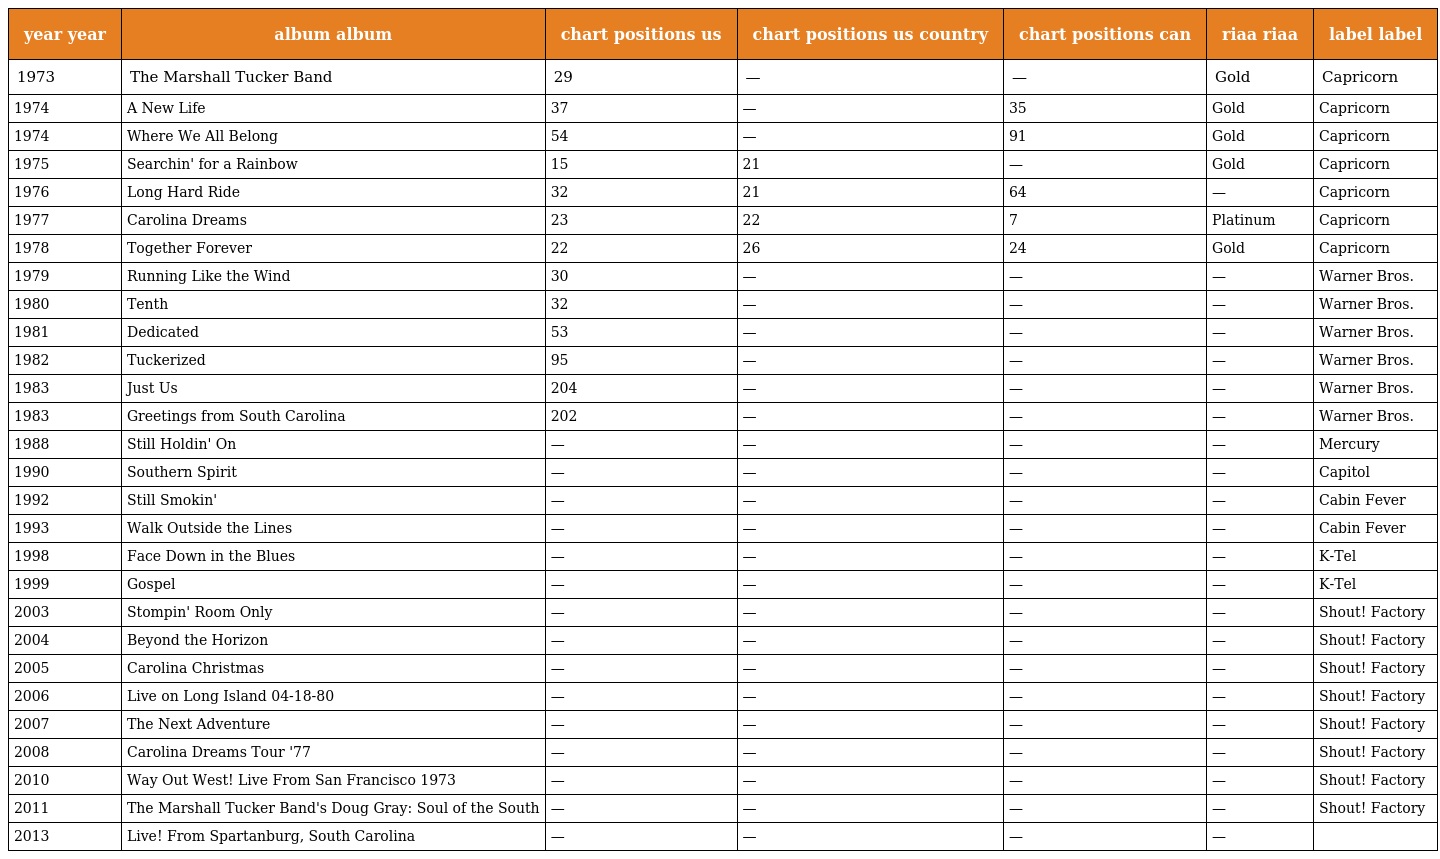
| year year | album album | chart positions us | chart positions us country | chart positions can | riaa riaa | label label |
 | --- | --- | --- | --- | --- | --- | --- |
 | 1973 | The Marshall Tucker Band | 29 | — | — | Gold | Capricorn |
 | 1974 | A New Life | 37 | — | 35 | Gold | Capricorn |
 | 1974 | Where We All Belong | 54 | — | 91 | Gold | Capricorn |
 | 1975 | Searchin' for a Rainbow | 15 | 21 | — | Gold | Capricorn |
 | 1976 | Long Hard Ride | 32 | 21 | 64 | — | Capricorn |
 | 1977 | Carolina Dreams | 23 | 22 | 7 | Platinum | Capricorn |
 | 1978 | Together Forever | 22 | 26 | 24 | Gold | Capricorn |
 | 1979 | Running Like the Wind | 30 | — | — | — | Warner Bros. |
 | 1980 | Tenth | 32 | — | — | — | Warner Bros. |
 | 1981 | Dedicated | 53 | — | — | — | Warner Bros. |
 | 1982 | Tuckerized | 95 | — | — | — | Warner Bros. |
 | 1983 | Just Us | 204 | — | — | — | Warner Bros. |
 | 1983 | Greetings from South Carolina | 202 | — | — | — | Warner Bros. |
 | 1988 | Still Holdin' On | — | — | — | — | Mercury |
 | 1990 | Southern Spirit | — | — | — | — | Capitol |
 | 1992 | Still Smokin' | — | — | — | — | Cabin Fever |
 | 1993 | Walk Outside the Lines | — | — | — | — | Cabin Fever |
 | 1998 | Face Down in the Blues | — | — | — | — | K-Tel |
 | 1999 | Gospel | — | — | — | — | K-Tel |
 | 2003 | Stompin' Room Only | — | — | — | — | Shout! Factory |
 | 2004 | Beyond the Horizon | — | — | — | — | Shout! Factory |
 | 2005 | Carolina Christmas | — | — | — | — | Shout! Factory |
 | 2006 | Live on Long Island 04-18-80 | — | — | — | — | Shout! Factory |
 | 2007 | The Next Adventure | — | — | — | — | Shout! Factory |
 | 2008 | Carolina Dreams Tour '77 | — | — | — | — | Shout! Factory |
 | 2010 | Way Out West! Live From San Francisco 1973 | — | — | — | — | Shout! Factory |
 | 2011 | The Marshall Tucker Band's Doug Gray: Soul of the South | — | — | — | — | Shout! Factory |
 | 2013 | Live! From Spartanburg, South Carolina | — | — | — | — |  |